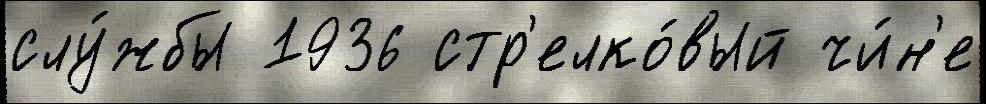
слу́жбы 1936 стр'елко́вый чи́н'е